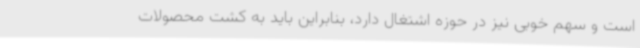
است و سهم خوبی نیز در حوزه اشتغال دارد، بنابراین باید به کشت محصولات